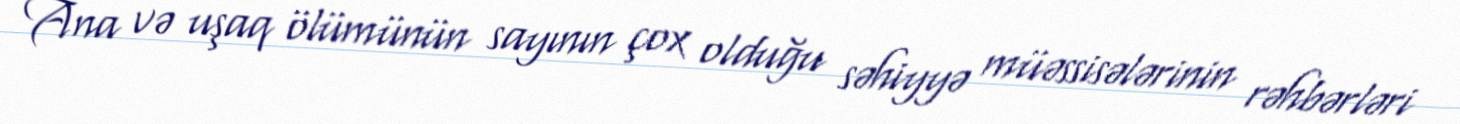
Ana və uşaq ölümünün sayının çox olduğu səhiyyə müəssisələrinin rəhbərləri